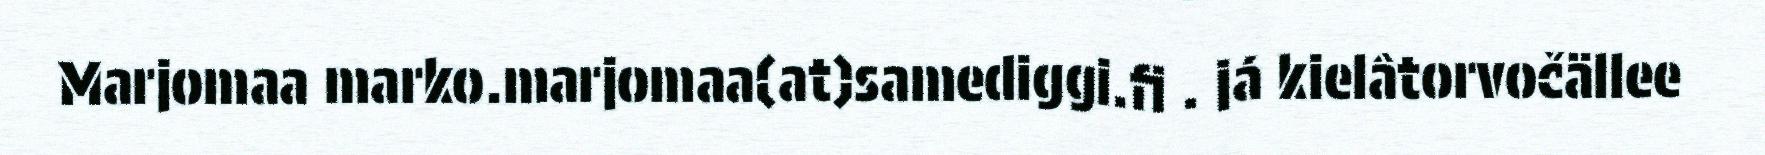
Marjomaa marko.marjomaa(at)samediggi.fi . já kielâtorvočällee